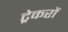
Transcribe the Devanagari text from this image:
ट्रेकरों